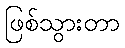
ဖြစ်သွားတာ